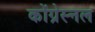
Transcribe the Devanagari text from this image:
कोंग्रेस्नल